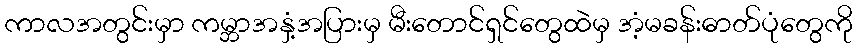
ကာလအတွင်းမှာ ကမ္ဘာအနှံ့အပြားမှ မီးတောင်ရှင်တွေထဲမှ အံ့မခန်းဓာတ်ပုံတွေကို